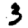
Digit: 3